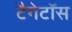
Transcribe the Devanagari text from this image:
टैगेटॉस